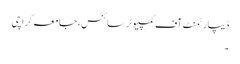
ڈیپارٹمنٹ آف کمپیوٹر سائنس، جامعہ کراچی
۔